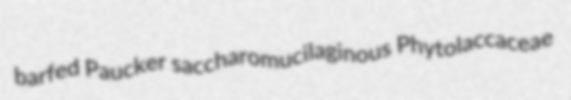
barfed Paucker saccharomucilaginous Phytolaccaceae